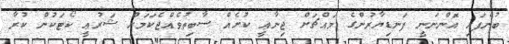
ބުނެފައި އޮންނަނީ ފަނޑިޔާރުންގެ މައްޗަށް ޖިނާޢީ ކުށެއް ސާބިތުވެއްޖެކަމަށް ޝަރުޢީ ކޯޓަކުން ކުރާ